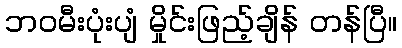
ဘဝမီးပုံးပျံ မှိုင်းဖြည့်ချိန် တန်ပြီ။